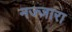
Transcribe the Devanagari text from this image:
नज्ज़ारा